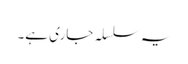
یہ سلسلہ جاری ہے۔